Memorandum on the prevention of leprosy by segregation of the affected
Disease focus: Leprosy
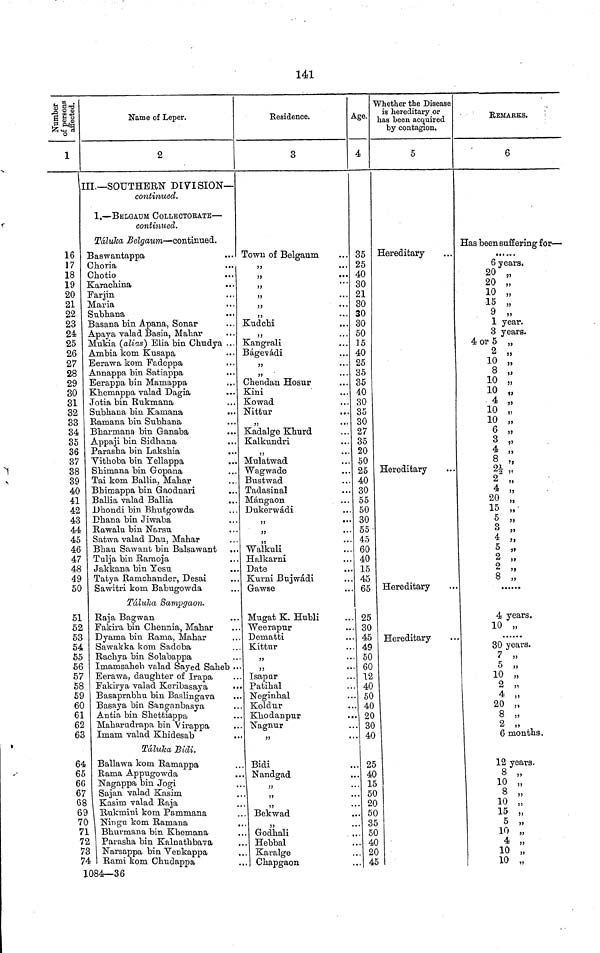
141
Number
of persons
affected.
1
16
17
18
19
20
21
22
23
24
25
26
27
28
29
30
31
32
33
34
35
36
37
38
39
40
41
42
43
44
45
46
47
48
49
50
51
52
53
54
55
56
57
58
59
60
61
62
63
64
65
66
67
68
69
70
71
72
73
74
Name of Leper.
2
III.—SOUTHERN DIVISION—
continued.
1.—BELGAUM COLLECTORATE—
continued.
Táluka Belgaum—continued.
Baswantappa
...
Choria
Chotio
Karachina
Farjin
Maria
Subhana
Basana bin Apana, Sonar
Apaya valad Basia, Mahar
Mukia (alias) Elia bin Chudya ...
Ambia kom Kusapa
Eerawa kom Fadeppa
Annappa bin Satiappa
Eerappa bin Mamappa
Khemappa valad Dagia
Jotia bin Rukmana
Subhana bin Kamana
Ramana bin Subhana
Bharmana bin Ganaba
...
Appaji bin Sidhana
Parasha bin Lakshia
...
"Vithoba bin Yellappa
Shimana bin Gopana
Tai kom Ballia, Mahar
Bhimappa bin Gaodnari
Ballia valad Ballia
Dhondi bin Bhutgowda
Dhana bin Jiwaba
Rawalu bin Narsu
Satwa valad Dau, Mahar
Bhau Sawant bin Balsawant
Tulja bin Ramoja
Jakkana bin Yesu
Tatya Ramchander, Desai
Sawitri kom Babugowda
Táluka Sampgaon.
Raja Bagwan
Fakira bin Chennia, Mahar
Dyama bin Rama, Mahar
Sawakka kom Sadoba
Rachya bin Solabappa
Imamsaheb valad Sayed Saheb
Eerawa, daughter of Irapa
Fakirya valad Keribasaya
Basaprabhu bin Baslingava
Basaya bin Sanganbasya
Antia bin Shettiappa
Maharudrapa bin Virappa
Imam valad Khidesab
Taluka Bidi.
Ballawa kom Ramappa
Rama Appugowda
Nagappa bin Jogi
Sajan valad Kasim
Kasim valad Raja
Rukmini kom Pammana
Ningu kom Ramana
Bhurmana bin Khemana
Parasha bin Kalnathbava
Narsappa bin Yenkappa
• Rami kom Chudappa
1084—36
Residence.
3
Town of Belgaum
,,
,,
,,
,,
,,
,,
Kudchi
,,
Kangrali
Bágevádi
,,
33
Chendan Hosur
Kini
Kowad
Nittur
33
. ••
Kadalge Khurd
Kalkundri
,,
Mulatwad
Wagwade
Bustwad
Tadasinal
Mángaon
Dukerwádi
,,
Waikuli
Halkarni
Date
Kurni Bujwádi
Gawse
Mugat K. Hubli
Weerapur
Dematti
Kittur
33
,,
Isapur
Patihal
Neginhal
Koldur
Khodanpur
..
Nagnur
33
••
. Bidi
. Nandgad
. Bekwad
. Godhali
. Hebbal
. Karalge
Chapgaon
Age.
4
35
25
40
30
21
30
30
30
50
15
40
25
35
35
40
30
35
30
27
35
20
50
25
40
30
55
50
30
55-
45
60
40
15
45
65
25
30
45
49
50
60
12
40
50
40
20
30
40
25
40
15
50
20
50
35
50
40
20
45
Whether the Disease
is hereditary or
has been acquired
by contagion,
5
Hereditary
Hereditary
Hereditary
Hereditary
REMARKS.
6
Has been suffering for—
6 years.
20 „
20 „
10 „
15 „
9 ,,
1 year.
3 years.
4 or 5 „
2 „
10 „
8 „
10 „
10 „
4 „
10 „
10 „
6 „
3 „
4 ,,
8 „
2y ,,
2 „
4 „
20 „
15 „
5 „
3 „
4 „
5 ,,
2 „
2 „
8 „
4 years.
10 „
30 years.
7 „
5 „
10 „
2 „
4 „
20 „
8 „
2 „
6 months.
12 years.
8 „
10 „
8 „
10 „
15 „
5 „
10 „
4 „
10 „
10 „